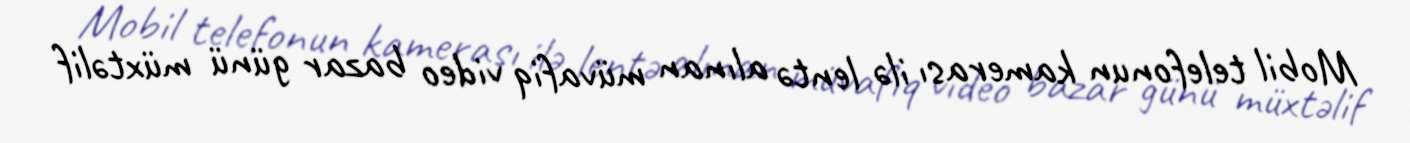
Mobil telefonun kamerası ilə lentə alınan müvafiq video bazar günü müxtəlif